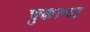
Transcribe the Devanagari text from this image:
चुकल्या